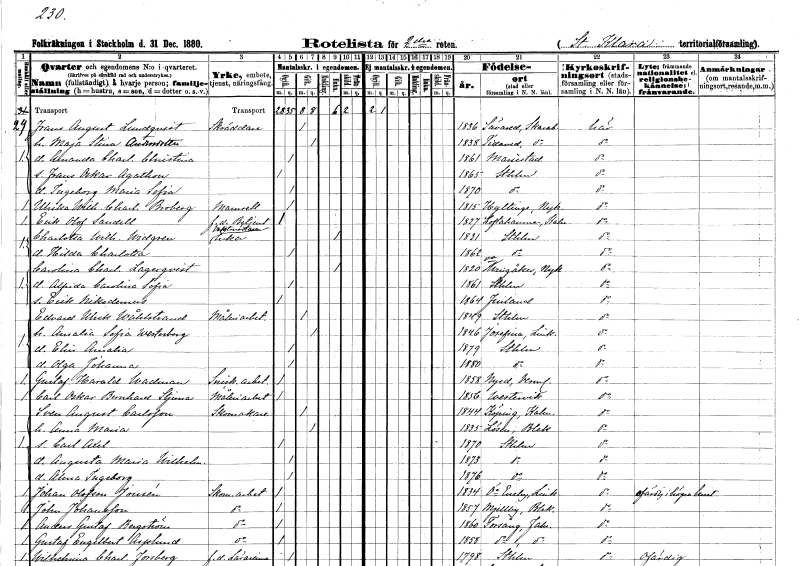
gt_parse: households: individuals: FN: Frans August
EN: Lundqvist
YRKE: Skräddare
KON: M
CIV: G
FODAR: 1836
FODFORS: Sävare Skaraborgs län
FN: Maja Stina
EN: Andersdotter
KON: K
CIV: G
FODAR: 1838
FODFORS: Tidavad Skaraborgs län
FN: Amanda Charlotta Christina
KON: K
CIV: O
FODAR: 1861
FODFORS: Mariestad Skaraborgs län
FN: Frans Oskar Agathon
KON: M
CIV: O
FODAR: 1865
FODFORS: Stockholm
FN: Ingeborg Maria Sofia
KON: K
CIV: O
FODAR: 1870
FODFORS: Stockholm
FN: Ulrika Wilhelmina Charlotta
EN: Broberg
KON: K
CIV: O
FODAR: 1815
FODFORS: Hyltinge Södermanlands län
FN: Erik Olof
EN: Sandell
YRKE: Betjänt f.d.
KON: M
CIV: O
FODAR: 1827
FODFORS: Loftahammar Kalmar län
FN: Charlotta Wilhelmina
EN: Widgren
YRKE: Vaktmästareänka
KON: K
CIV: E
FODAR: 1831
FODFORS: Stockholm
FN: Hilda Charlotta
KON: K
CIV: O
FODAR: 1862
FODFORS: Stockholm
FN: Carolina Charlotta
EN: Lagerqvist
KON: K
CIV: E
FODAR: 1820
FODFORS: Västra Vingåker Södermanlands län
FN: Alfrida Carolina Sofia
KON: K
CIV: O
FODAR: 1861
FODFORS: Stockholm
FN: Erik Nikodemus
KON: M
CIV: O
FODAR: 1864
FN: Edvard Ulrik
EN: Wåhlstrand
YRKE: Måleriarbetare
KON: M
CIV: G
FODAR: 1849
FODFORS: Stockholm
FN: Amalia Sofia
EN: Westerberg
KON: K
CIV: G
FODAR: 1846
FODFORS: Brunneby Östergötlands län
FN: Elin Amalia
KON: K
CIV: O
FODAR: 1879
FODFORS: Stockholm
FN: Olga Johanna
KON: K
CIV: O
FODAR: 1880
FODFORS: Stockholm
FN: Gustaf Harald
EN: Wadman
YRKE: Snickeriarbetare
KON: M
CIV: O
FODAR: 1858
FODFORS: Nyed Värmlands län
FN: Carl Oskar Bernhard
EN: Stjerna
YRKE: Måleriarbetare
KON: M
CIV: O
FODAR: 1856
FODFORS: Västervik Kalmar län
FN: Sven August
EN: Carlsson
YRKE: Skomakare
KON: M
CIV: G
FODAR: 1844
FODFORS: Köping Kalmar län
FN: Anna Maria
KON: K
CIV: G
FODAR: 1835
FODFORS: Lösen Blekinge län
FN: Carl Axel
KON: M
CIV: O
FODAR: 1870
FODFORS: Stockholm
FN: Augusta Maria Wilhelmina
KON: K
CIV: O
FODAR: 1873
FODFORS: Stockholm
FN: Alma Ingeborg
KON: K
CIV: O
FODAR: 1876
FODFORS: Stockholm
FN: Johan
EN: Olofson Jonsén
YRKE: Skomakeriarbetare
KON: M
CIV: O
FODAR: 1834
FODFORS: Östra Eneby Östergötlands län
FN: John
EN: Johansson
YRKE: Skomakeriarbetare
KON: M
CIV: O
FODAR: 1857
FODFORS: Mjällby Blekinge län
FN: Anders Gustaf
EN: Bergström
YRKE: Skomakeriarbetare
KON: M
CIV: O
FODAR: 1860
FODFORS: Torsång Kopparbergs län
FN: Gustaf Engelbert
EN: Asplund
YRKE: Skomakeriarbetare
KON: M
CIV: O
FODAR: 1858
FODFORS: Torsång Kopparbergs län